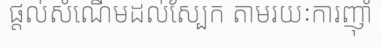
ផ្តល់សំណើមដល់ស្បែក តាមរយៈការញ៉ាំ